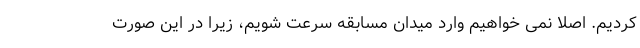
کردیم. اصلا نمی خواهیم وارد میدان مسابقه سرعت شویم، زیرا در این صورت